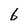
Character: 6